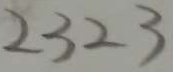
2 3 2 3